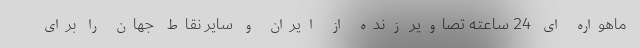
ماهواره ای 24 ساعته تصاویر زنده از ایران و سایر نقاط جهان را برای